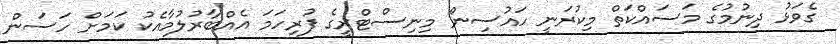
ގެވަޅު ދިނުމުގެ މަސައްކަތް މިކުރަނީ ހައުސިން މިނިސްޓްރީގެ ފުރިހަމަ އެއްބާރުލުމާއެކު ކަމަށް ހަސަން